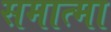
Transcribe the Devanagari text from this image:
समात्मा